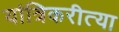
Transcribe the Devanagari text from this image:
यांत्रिकरीत्या